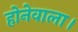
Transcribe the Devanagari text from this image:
होनेवाला।